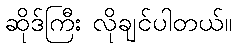
ဆိုဒ်ကြီး လိုချင်ပါတယ်။